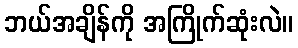
ဘယ်အချိန်ကို အကြိုက်ဆုံးလဲ။